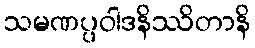
သမဏပ္ပဝါဒနိဿိတာနိ